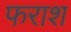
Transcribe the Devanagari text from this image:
फराश